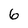
Character: 6